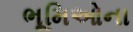
ભૂમિઓના